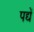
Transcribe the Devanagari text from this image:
पद्यें